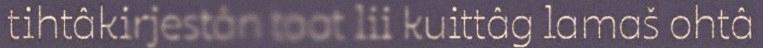
tihtâkirjestân taat lii kuittâg lamaš ohtâ